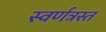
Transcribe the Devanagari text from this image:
स्वर्णत्रस्त